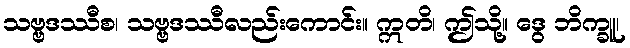
သဗ္ဗဒဿီစ၊ သဗ္ဗဒဿီလည်းကောင်း။ ဣတိ၊ ဤသို့။ ဒွေ ဘိက္ခူ၊